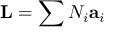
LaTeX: \mathbf { L } = \sum N _ { i } \mathbf { a } _ { i }